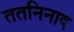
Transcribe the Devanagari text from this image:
ततनिनाद